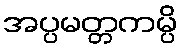
အပ္ပမတ္တကမ္ပိ